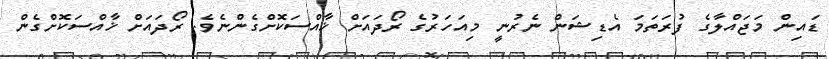
ޑައިން މަޖައްލާގެ ފުރަތަމަ އެޑިޝަން ނެރުނީ މިއަހަރުގެ ރޯދައަށް ޚާއްސަކޮށްގެންނެވެ. ރޯދައަށް ޚާއްސަކޮށްގެން